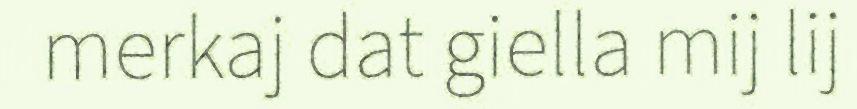
merkaj dat giella mij lij